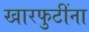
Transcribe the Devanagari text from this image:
खारफुटींना